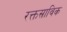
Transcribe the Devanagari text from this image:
रक्तस्राविक